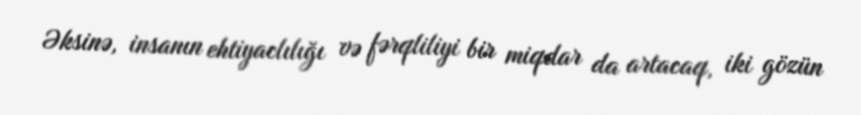
Əksinə, insanın ehtiyaclılığı və fərqliliyi bir miqdar da artacaq, iki gözün